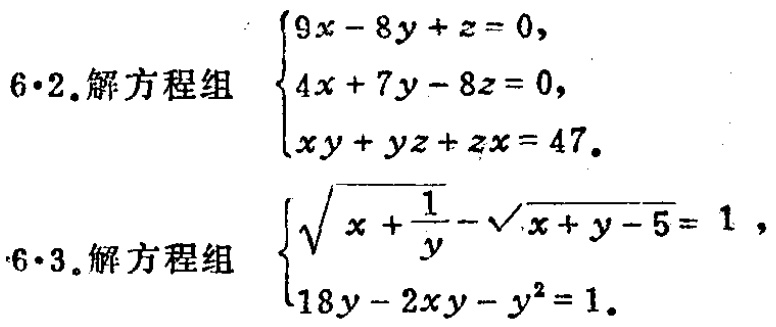
\(6\cdot2.解方程组

\begin{cases}

9x - 8y + z = 0,\\

4x + 7y - 8z = 0,\\

xy + yz + zx = 47.

\end{cases}\)

\(6\cdot3.解方程组

\begin{cases}

\sqrt{x+\frac{1}{y}}-\sqrt{x + y - 5}=1,\\

18y - 2xy - y^{2}=1.

\end{cases}\)